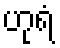
ဟုရံ